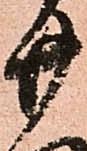
廿